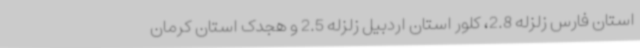
استان فارس زلزله 2.8، کلور استان اردبیل زلزله 2.5 و هجدک استان کرمان